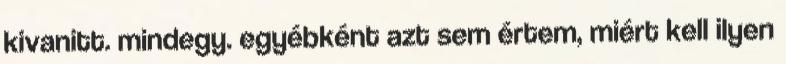
kivanitt. mindegy. egyébként azt sem értem, miért kell ilyen